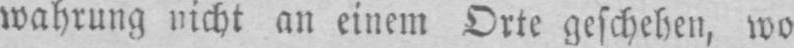
wahrung, nicht an einem Orte geschehen, wo